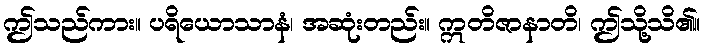
ဤသည်ကား။ ပရိယောသာနံ၊ အဆုံးတည်း။ ဣတိဇာနာတိ၊ ဤသို့သိ၏။